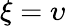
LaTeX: \xi=\upsilon